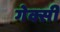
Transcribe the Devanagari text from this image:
गेक्सी